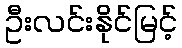
ဦးလင်းနိုင်မြင့်